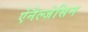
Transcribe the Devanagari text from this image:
ऐनैल्जेसिन